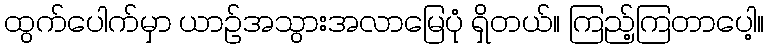
ထွက်ပေါက်မှာ ယာဉ်အသွားအလာမြေပုံ ရှိတယ်။ ကြည့်ကြတာပေါ့။